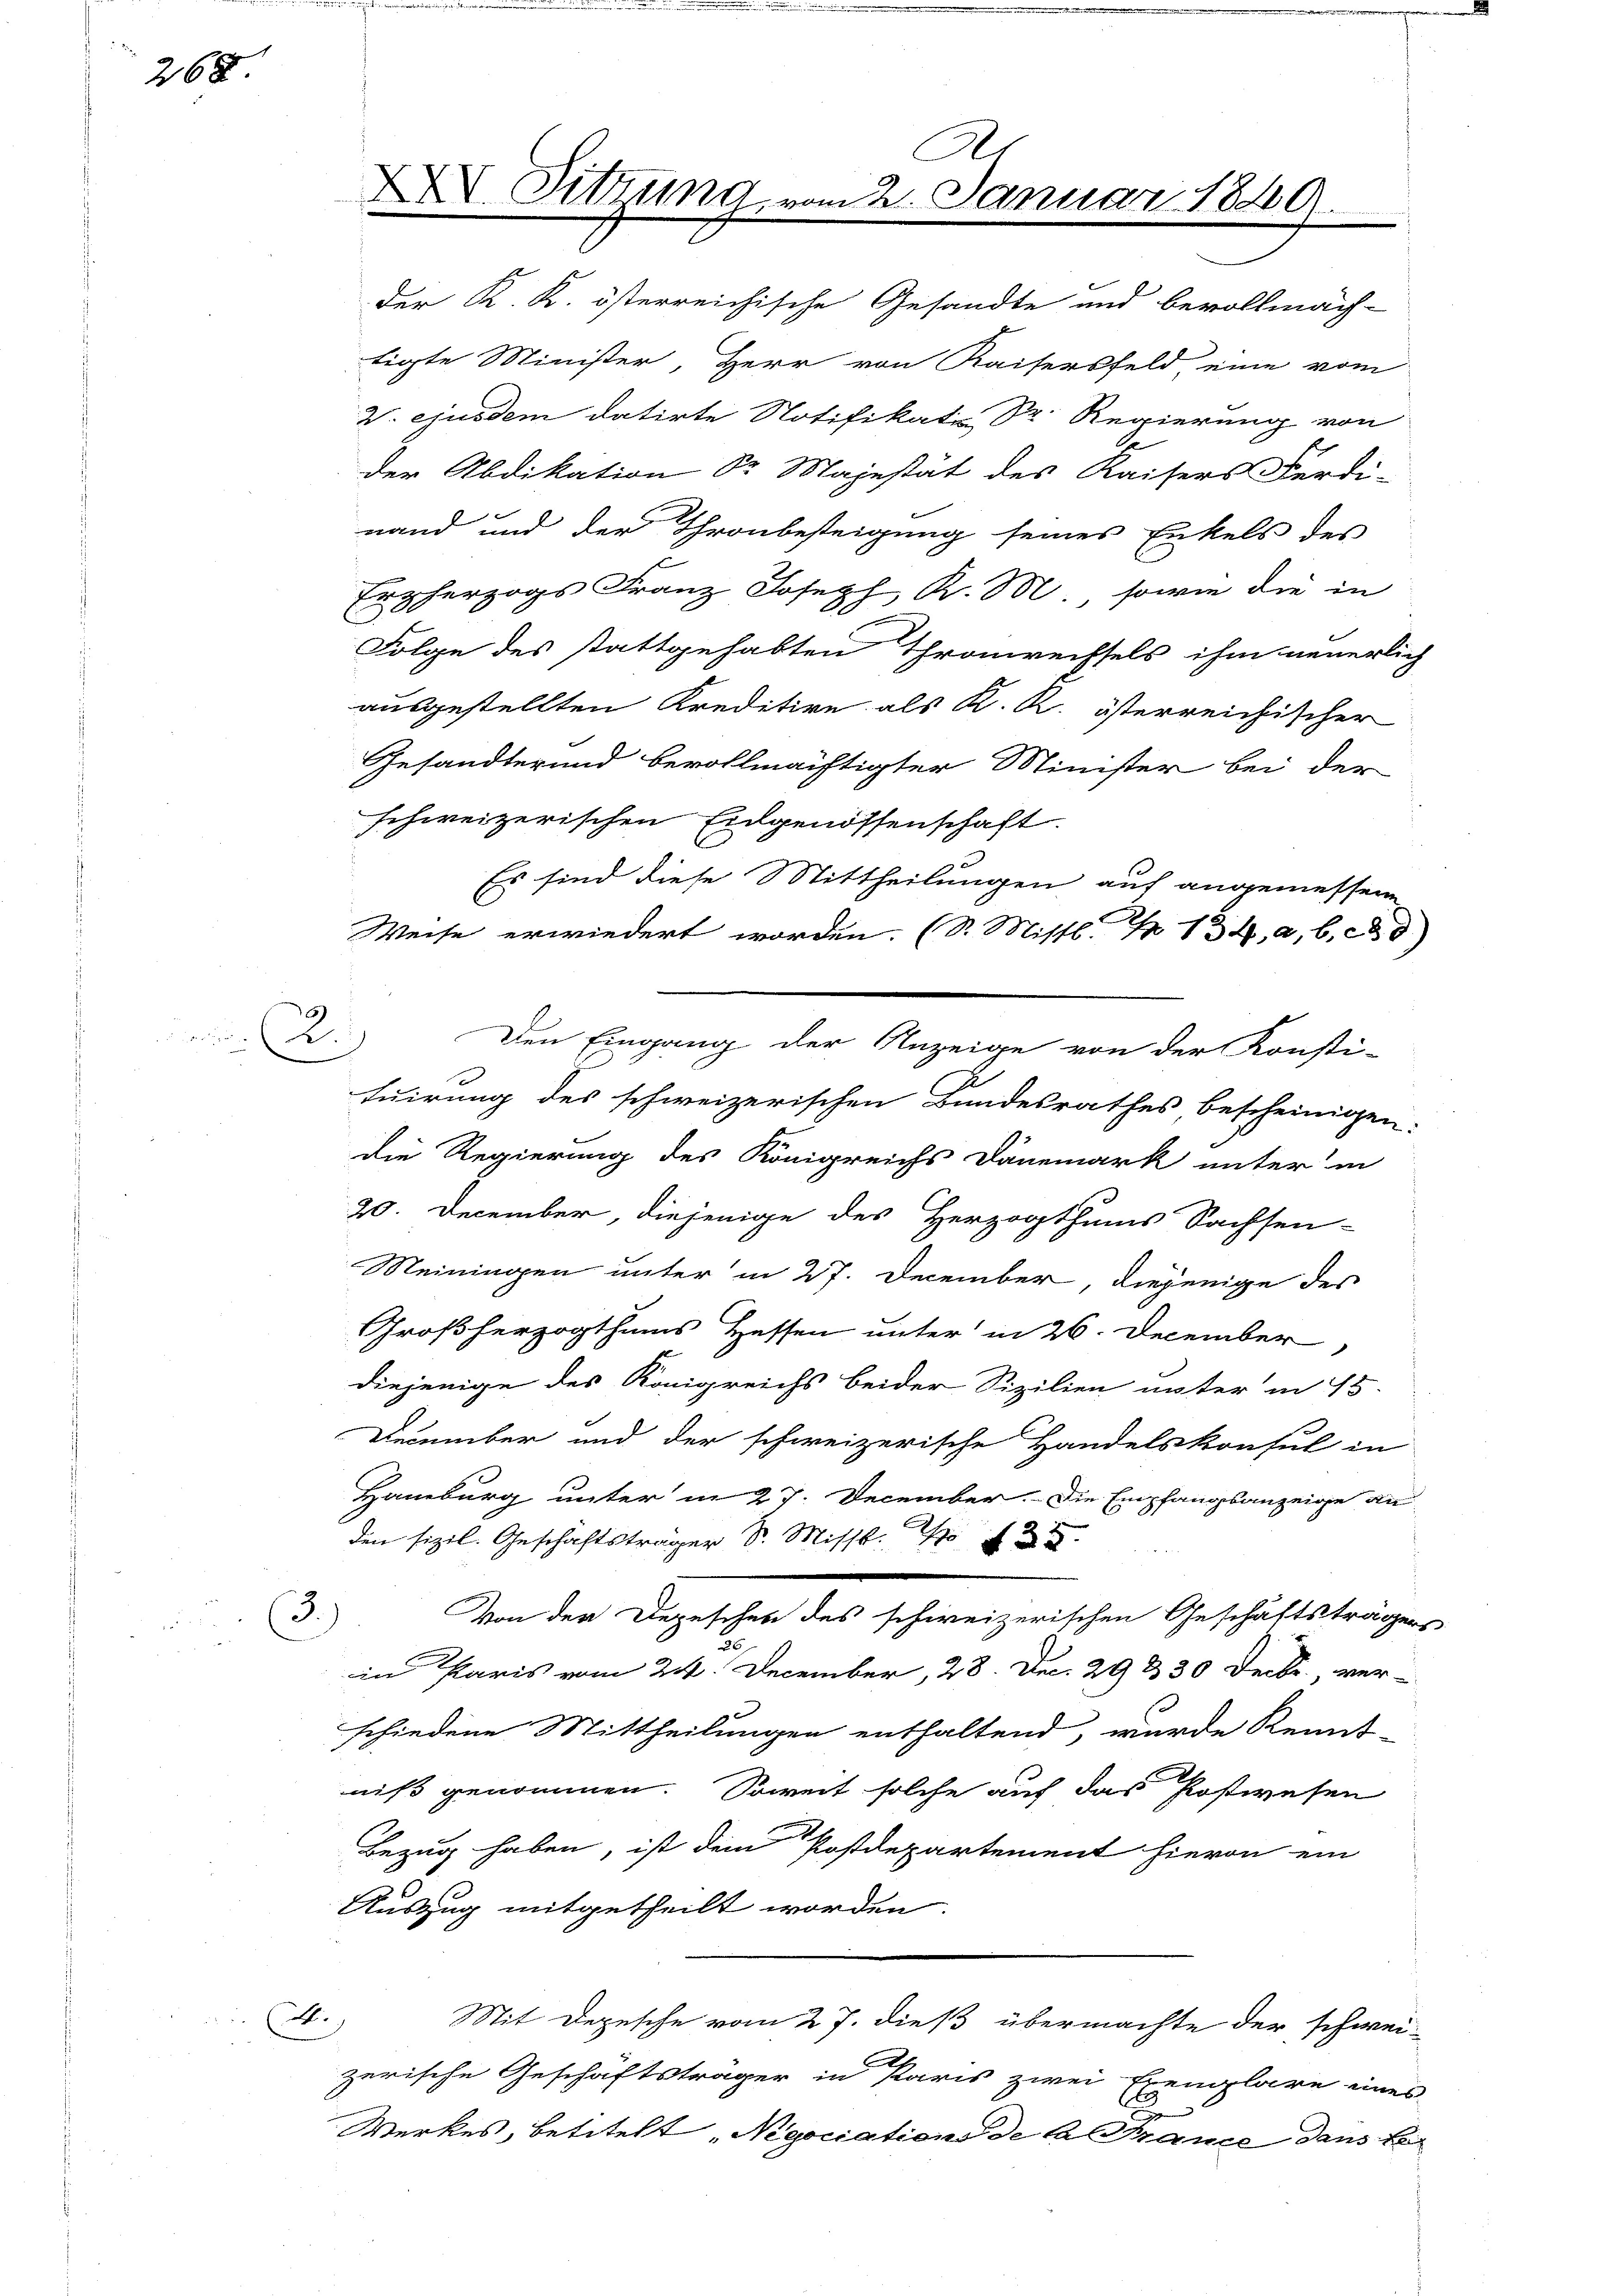
26 x

2.

tigte Minister, Herr von Kaisersfeld, eine vom
2. ejusdem datirte Notifikati Dr. Regierung von
der Abdikation Sr Majestät des Kaisers Ferdi-
nand und der Thronbesteigung seines Enkels des
Erzherzogs Franz Joseph K. M., sowie die in
Folge des stattgehabten Thronrechsels ihm neuerlich
ausgestellten Kreditire als K. R. österreichischer
Gesandter und bevollmächtigter Minister bei der
schweizerischen Eidgenossenschaft
Es sind diese Mittheilungen auf angemessene
Weise erwiedert worden. (S. Mistl. N 134, 2, 69)
A
tuirung des schweizerischen Bundesrathes, bescheinigen:
die Regierung des Königreichs Dänemark unter in
20. December, diejenige des Herzogthums Sachsen-
Meiningen unter in 27. December, diejenige des
Großherzogthums Hessen unter in 26. December
diejenige des Königreichs beider Sizilien unter in 15.
December und der schweizerische Handelskonsul in
Hamburg unter in 27. December. Die Empfangsanzeige an
.
3.
Von der Depeschen des schweizerischen Geschäftsträgers
in Paris vom 24. December, 28. Dec. 29 & 30 Decbr. ver-
schiedene Mittheilungen enthaltend, wurde Kennt-
niß genommen. Soweit solche auf das Postwesen
Bezug haben, ist dein Postdepartement hievon ein
Auszug mitgetheilt worden.
A.
Mit Depesche vom 27. dieß übermachte der schwei
zerische Geschäftsträger in Paris zwei Exemplare eines
Werkes, betitelt „Negociations de la France dans le

XXV Sitzung

C
m 2. Januar 1840.
der K. K. österreichische Gesandte und bevollmäch-

Den Eingang der Anzeige von der Konsti-